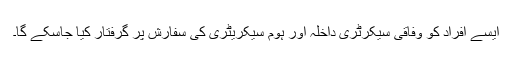
ایسے افراد کو وفاقی سیکرٹری داخلہ اور ہوم سیکریٹری کی سفارش پر گرفتار کیا جاسکے گا۔